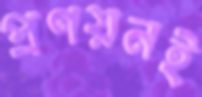
প্রণয়নই